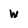
Character: w